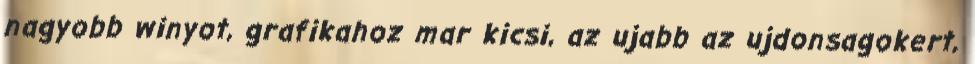
nagyobb winyot, grafikahoz mar kicsi, az ujabb az ujdonsagokert,